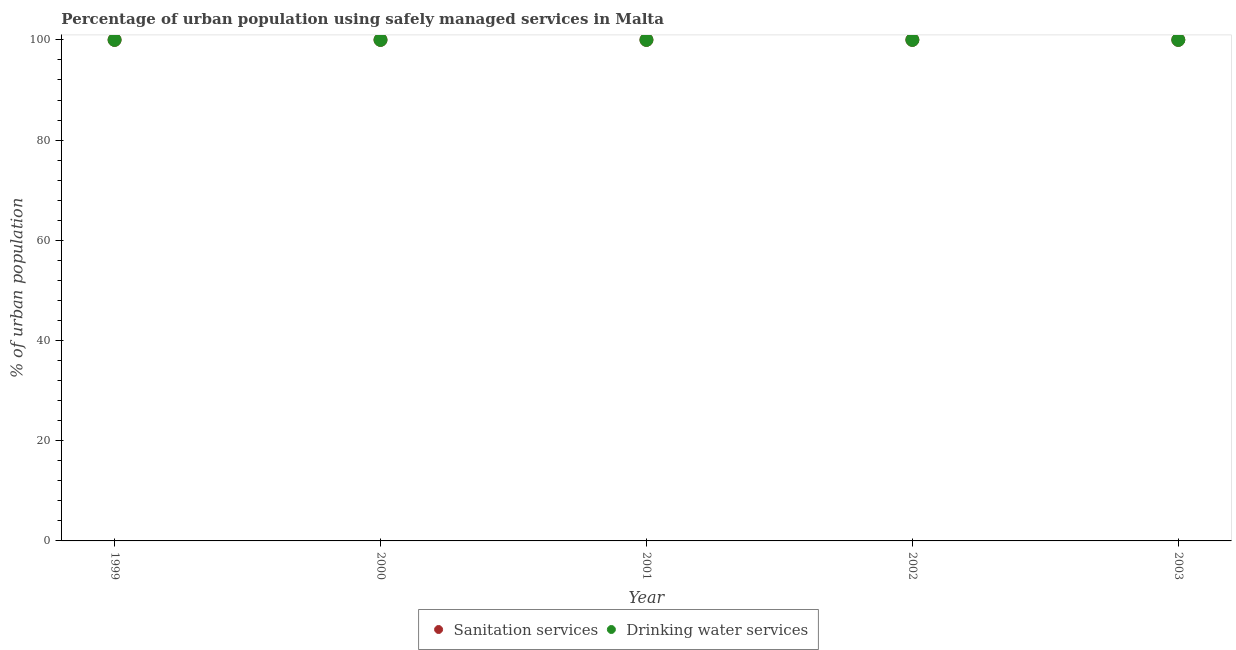
| Year | Sanitation services | Drinking water services |
 | --- | --- | --- |
 | 1999 | 100 | 100 |
 | 2000 | 100 | 100 |
 | 2001 | 100 | 100 |
 | 2002 | 100 | 100 |
 | 2003 | 100 | 100 |